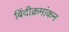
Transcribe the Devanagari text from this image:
बिंदीक्रमांकन